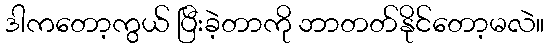
ဒါကတော့ကွယ် ပြီးခဲ့တာကို ဘာတတ်နိုင်တော့မလဲ။